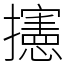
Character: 攇